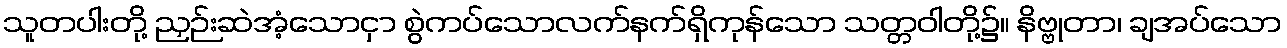
သူတပါးတို့ ညှဉ်းဆဲအံ့သောငှာ စွဲကပ်သောလက်နက်ရှိကုန်သော သတ္တဝါတို့၌။ နိဗ္ဗုတာ၊ ချအပ်သော